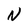
Character: N